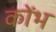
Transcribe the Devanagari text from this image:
कोंभ